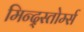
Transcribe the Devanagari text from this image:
मिन्द्स्तोर्म्स